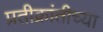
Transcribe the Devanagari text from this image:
प्रतीक्रांतीच्या